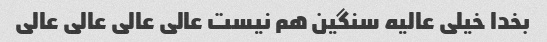
بخدا خیلی عالیه سنگین هم نیست عالی عالی عالی عالی